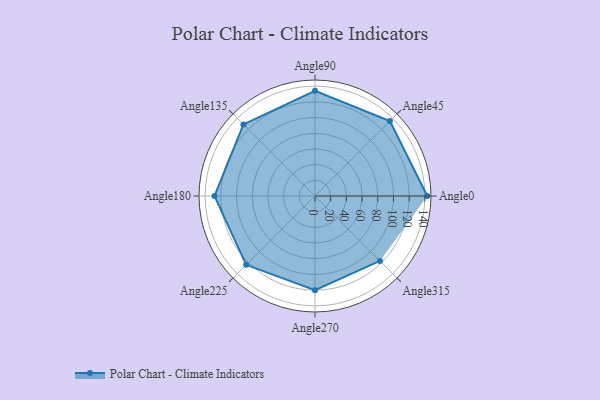
{"axis": {"x": "Angle", "y": "Radius"}, "legend": [""], "data": [{"x": "Angle0", "y": 143.0, "type": ""}, {"x": "Angle45", "y": 135.0, "type": ""}, {"x": "Angle90", "y": 134.0, "type": ""}, {"x": "Angle135", "y": 129.0, "type": ""}, {"x": "Angle180", "y": 128.0, "type": ""}, {"x": "Angle225", "y": 124.0, "type": ""}, {"x": "Angle270", "y": 120.0, "type": ""}, {"x": "Angle315", "y": 117.0, "type": ""}]}